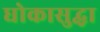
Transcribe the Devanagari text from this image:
धोकासुद्धा